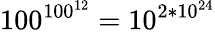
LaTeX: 100^{100^{12}}=10^{2*10^{24}}